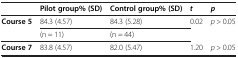
<table><thead><tr><td><b> </b></td><td><b>Pilot group% (SD)</b></td><td><b>Control group% (SD)</b></td><td><b><i>t</i></b></td><td><b><i>p</i></b></td></tr></thead><tbody><tr><td rowspan="2"><b>Course 5</b></td><td>84.3 (4.57)</td><td>84.3 (5.28)</td><td rowspan="2">0.02</td><td rowspan="2"><i>p</i> &gt; 0.05</td></tr><tr><td>(n = 11)</td><td>(n = 44)</td></tr><tr><td><b>Course 7</b></td><td>83.8 (4.57)</td><td>82.0 (5.47)</td><td>1.20</td><td><i>p</i> &gt; 0.05</td></tr></tbody></table>